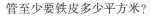
管至少要铁皮多少平方米?